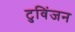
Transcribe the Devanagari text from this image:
टुविंजन